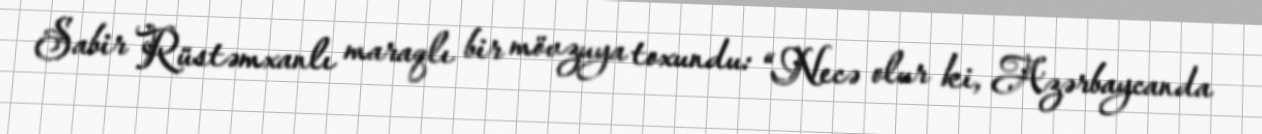
Sabir Rüstəmxanlı maraqlı bir mövzuya toxundu: “Necə olur ki, Azərbaycanda